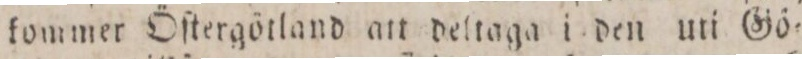
kommer Öſtergötland att deltaga i den uti Gö=